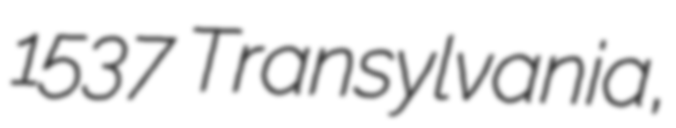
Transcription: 1537 Transylvania,